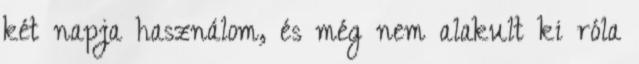
két napja használom, és még nem alakult ki róla